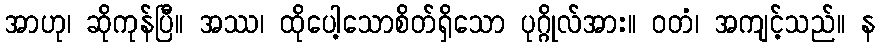
အာဟု၊ ဆိုကုန်ပြီ။ အဿ၊ ထိုပေါ့သောစိတ်ရှိသော ပုဂ္ဂိုလ်အား။ ဝတံ၊ အကျင့်သည်။ န